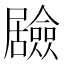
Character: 𭕻